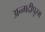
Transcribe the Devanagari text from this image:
अन्गदीपुरम